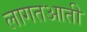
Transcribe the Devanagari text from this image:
लागतआती